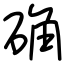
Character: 确